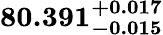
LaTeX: \mathbf{80.391_{-0.015}^{+0.017}}